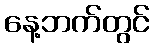
နေ့ဘက်တွင်